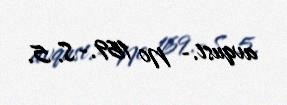
avqust.- № 169.- S. 5.